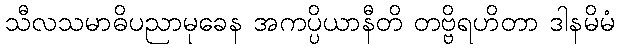
သီလသမာဓိပညာမုခေန အကပ္ပိယာနီတိ တဗ္ဗိရဟိတာ ဒါနမိမံ